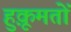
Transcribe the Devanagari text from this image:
हुक़ूमतों